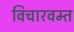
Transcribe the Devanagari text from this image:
विचारवम्त